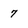
Character: 7